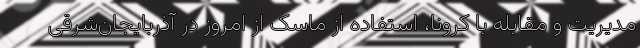
مدیریت و مقابله با کرونا، استفاده از ماسک از امروز در آذربایجان‌شرقی